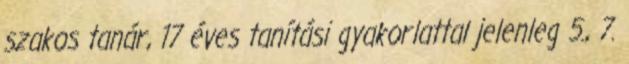
szakos tanár, 17 éves tanítási gyakorlattal jelenleg 5., 7.